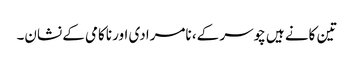
تین کانے ہیں چوسر کے، نامرادی اور ناکامی کے نشان۔